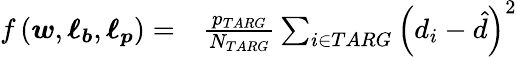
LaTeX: \begin{array}{rl}{f\left(\boldsymbol{w},\boldsymbol{\ell_{b}},\boldsymbol{\ell_{p}}\right)=}&{{}\frac{p_{TARG}}{N_{TARG}}\sum_{i\in TARG}\left(d_{i}-\hat{d}\right)^{2}}\end{array}